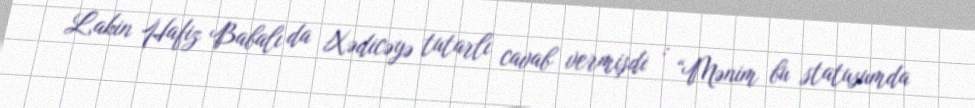
Lakin Hafiz Babalı da Xədicəyə tutarlı cavab vermişdi : “Mənim bu statusumda